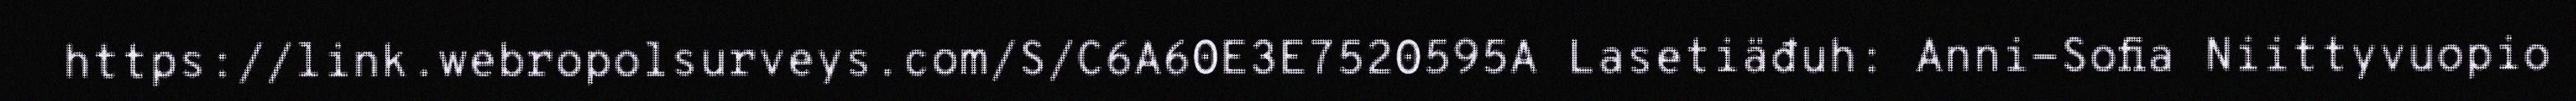
https://link.webropolsurveys.com/S/C6A60E3E7520595A Lasetiäđuh: Anni-Sofia Niittyvuopio